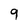
Character: 9